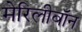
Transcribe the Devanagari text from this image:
मेरिलीबॉन